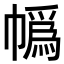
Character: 𪩼